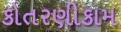
કોતરણીકામ